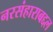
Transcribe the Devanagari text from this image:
नरसंहाराबद्दल